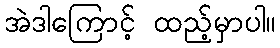
အဲဒါကြောင့် ထည့်မှာပါ။